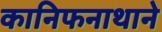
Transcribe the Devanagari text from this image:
कानिफनाथाने